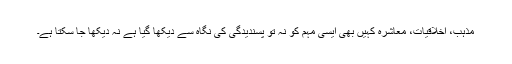
مذہب، اخلاقیات، معاشرہ کہیں بھی ایسی مہم کو نہ تو پسندیدگی کی نگاہ سے دیکھا گیا ہے نہ دیکھا جا سکتا ہے۔